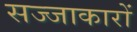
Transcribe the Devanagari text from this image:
सज्जाकारों